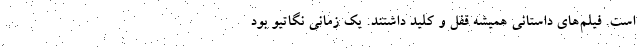
است. فیلم‌های داستانی همیشه قفل و کلید داشتند. یک زمانی نگاتیو بود